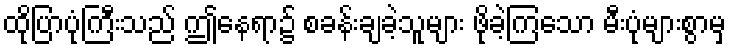
ထိုပြာပုံကြီးသည် ဤနေရာ၌ စခန်းချခဲ့သူများ ဖိုခဲ့ကြသော မီးပုံများစွာမှ